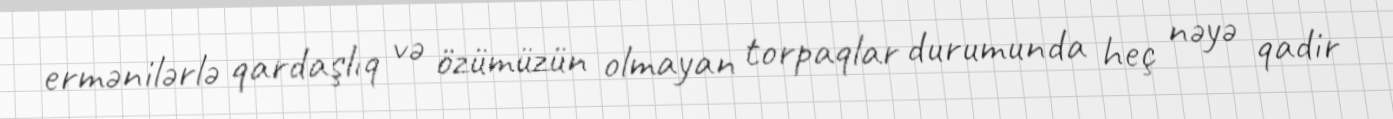
ermənilərlə qardaşlıq və özümüzün olmayan torpaqlar durumunda heç nəyə qadir